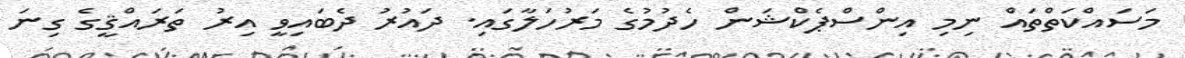
މަސައްކަތްތައް ނިމި އިންސްޕެކްޝަން ހެދުމުގެ މަރުހަލާގައި. ދައުރު ދެބައިވީ އިރު ތަރައްޤީގެ ގިނަ